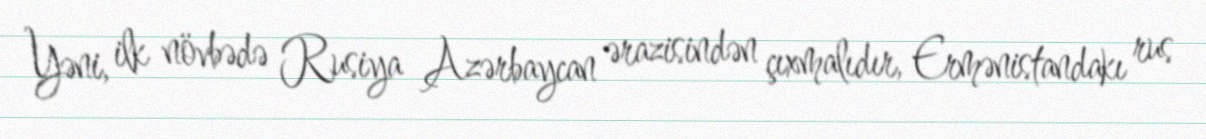
Yəni, ilk növbədə Rusiya Azərbaycan ərazisindən çıxmalıdır, Ermənistandakı rus